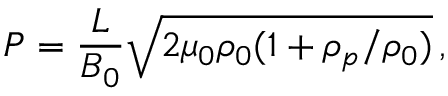
P = \frac { L } { B _ { 0 } } \sqrt { 2 \mu _ { 0 } \rho _ { 0 } ( 1 + \rho _ { p } / \rho _ { 0 } ) } \, ,